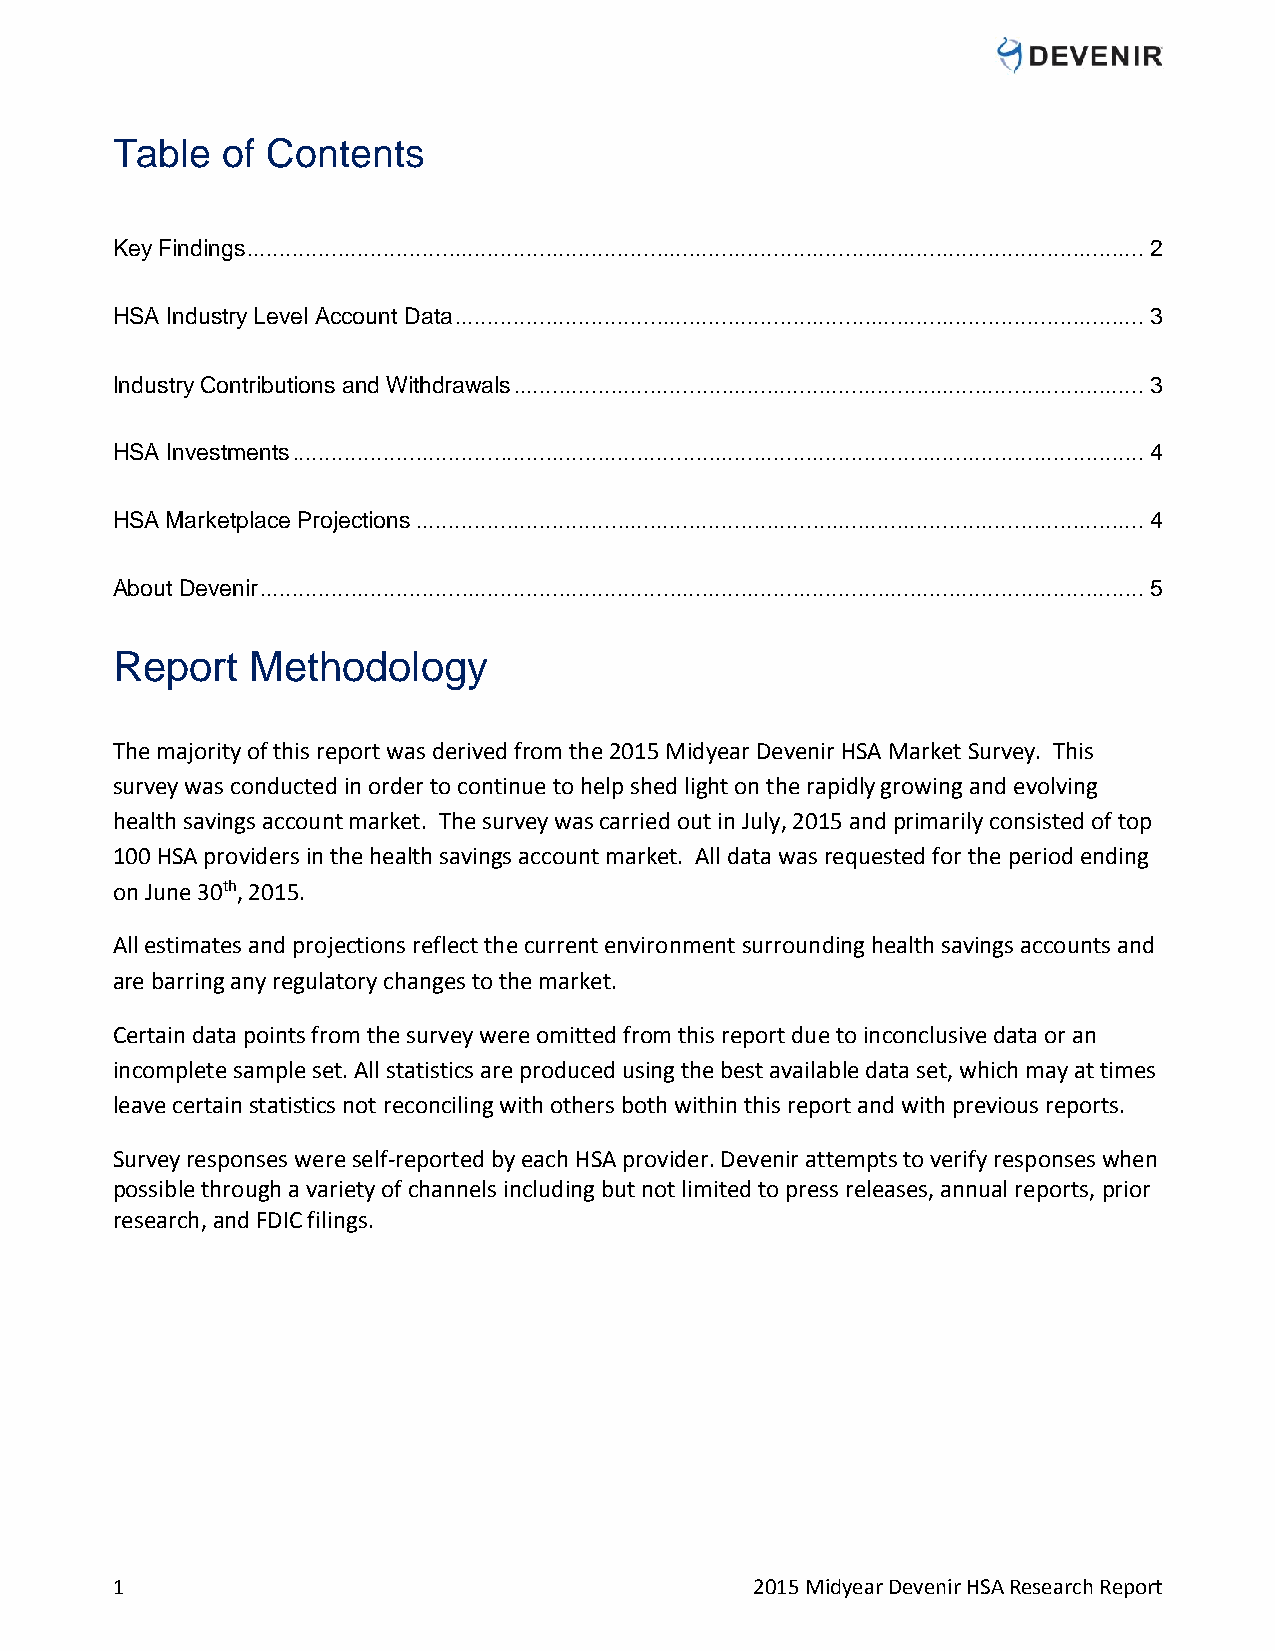
Table   of Contents
 Key Findings .......................................................................................................................................... 2
 HSA Industry Level Account Data .......................................................................................................... 3
 Industry Contributions and Withdrawals ................................................................................................. 3
 HSA Investments ................................................................................................................................... 4
 HSA Marketplace Projections ................................................................................................................ 4
 About Devenir ........................................................................................................................................ 5
 Report    Methodology
 The majority of this report was derived from the 2015 Midyear Devenir HSA Market Survey. This
 survey was conducted in order to continue to help shed light on the rapidly growing and evolving
 health savings account market. The survey was carried out in July, 2015 and primarily consisted of top
 100 HSA providers in the health savings account market. All data was requested for the period ending
 on June 30th, 2015.
 All estimates and projections reflect the current environment surrounding health savings accounts and
 are barring any regulatory changes to the market.
 Certain data points from the survey were omitted from this report due to inconclusive data or an
 incomplete sample set. All statistics are produced using the best available data set, which may at times
 leave certain statistics not reconciling with others both within this report and with previous reports.
 Survey responses were self-reported by each HSA provider. Devenir attempts to verify responses when
 possible through a variety of channels including but not limited to press releases, annual reports, prior
 research, and FDIC filings.
 1                                          2015 Midyear Devenir HSA Research Report